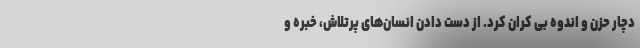
دچار حزن و اندوه بی کران کرد. از دست دادن انسان‌های پرتلاش، خبره و